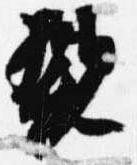
親